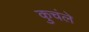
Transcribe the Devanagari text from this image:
कुचंले